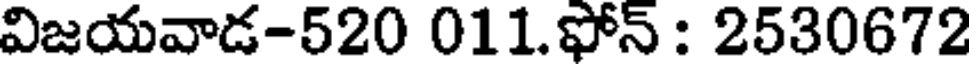
విజయవాడ-520 011.ఫోన్ : 2530672